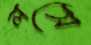
লসে